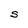
Character: S